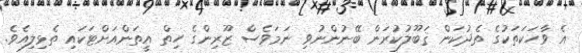
އެ ވާހަކަތަކުގެ ތެދުކަން ޤަބޫލުކުރަން ބޭނުންނުވި ނަމަވެސް ޒޫރިންގެ ހިތް އީތަންއަށްޓަކައި ތެޅިލިއެވެ.